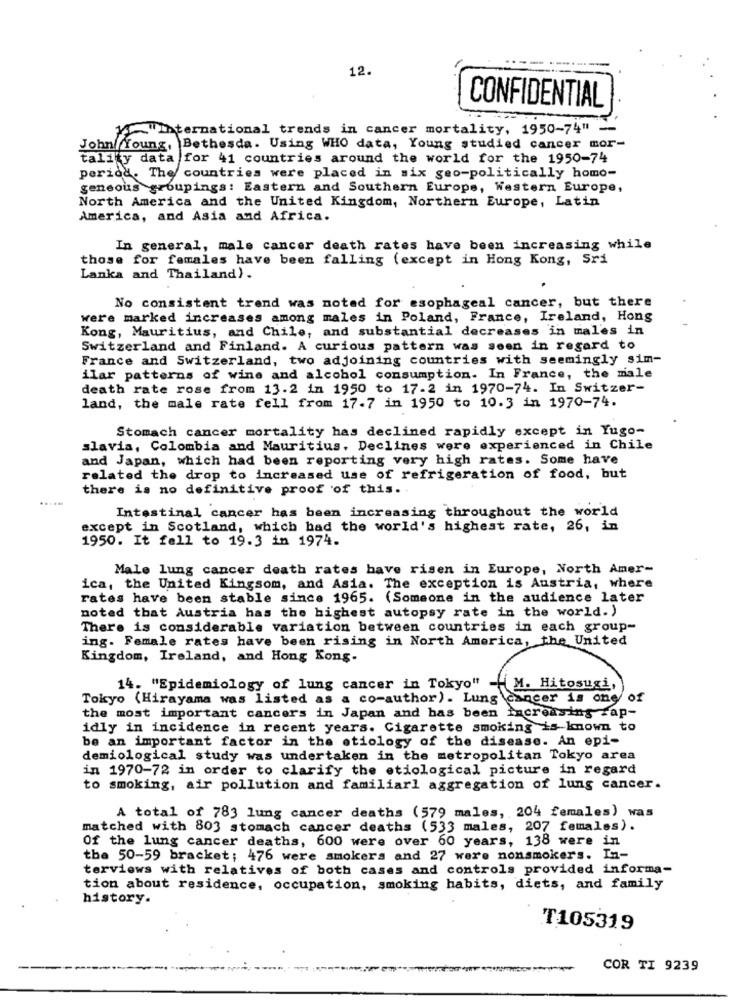
12.
CONFIDENTIAL
"International trends in cancer mortality, 1950-74"
John Young, Bethesda. Using WHO data, Young studied cancer mor-
tality data for 41 countries around the world for the 1950-74
period. The countries were placed in six geo-politically homo-
geneous groupings: Eastern and Southern Europe, Western Europe,
North America and the United Kingdom, Northern Europe, Latin
America, and Asia and Africa.
In general, male cancer death rates have been increasing while
those for females have been falling (except in Hong Kong, Sri
Lanka and Thailand).
No consistent trend was noted for esophageal cancer, but there
were marked increases among males in Poland, France, Ireland, Hong
Kong, Mauritius, and Chile, and substantial decreases in males in
Switzerland and Finland. A curious pattern was seen in regard to
France and Switzerland, two adjoining countries with seemingly sim-
ilar patterns of wine and alcohol consumption. In France, the male
death rate rose from 13.2 in 1950 to 17.2 in 1970-74. In Switzer-
land, the male rate fell from 17-7 in 1950 to 10.3 in 1970-74.
Stomach cancer mortality has declined rapidly except in Yugo-
slavia, Colombia and Mauritius. Declines were experienced in Chile
and Japan, which had been reporting very high rates. Some have
related the drop to increased use of refrigeration of food, but
there is no definitive proof of this.
Intestinal cancer has been increasing throughout the world
except in Scotland, which had the world's highest rate, 26, in
1950. It fell to 19.3 in 1974.
Male lung cancer death rates have risen in Europe, North Amer-
ica, the United Kingsom, and Asia. The exception is Austria, where
rates have been stable since 1965. (Someone in the audience later
noted that Austria has the highest autopsy rate in the world. )
There is considerable variation between countries in each group-
ing. Female rates have been rising in North America, the United
Kingdom, Ireland, and Hong Kong-
14. "Epidemiology of lung cancer in Tokyo" -- M. Hitosugi,
Tokyo (Hirayama was listed as a co-author). Lung cancer is one of
the most important cancers in Japan and has been increasing sap-
idly in incidence in recent years. Cigarette smoking is-known to
be an important factor in the etiology of the disease. An epi-
demiological study was undertaken in the metropolitan Tokyo area
in 1970-72 in order to clarify the etiological picture in regard
to smoking, air pollution and familiarl aggregation of lung cancer.
A total of 783 lung cancer deaths (579 males, 204 females) was
matched with 803 stomach cancer deaths (533 males, 207 females).
Of the lung cancer deaths, 600 were over 60 years, 138 were in
the 50-59 bracket; 476 were smokers and 27 were nonsmokers. In-
terviews with relatives of both cases and controls provided informa-
tion about residence, occupation, smoking habits, diets, and family
history.
T105319
COR TI 9239